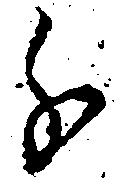
分